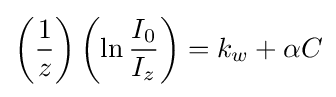
\left({\frac {1}{z}}\right)\left(\ln {\frac {I_{0}}{I_{z}}}\right)=k_{w}+\alpha C